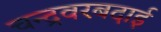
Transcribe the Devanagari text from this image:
चन्द्रवरबदाई